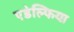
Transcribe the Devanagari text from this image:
एडेल्फिया